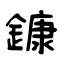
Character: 鏮